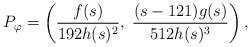
LaTeX: \begin{align*} P_{\varphi} = \left( \frac{f(s)}{192 h(s)^2}, \; \frac{(s-121)g(s)}{512 h(s)^3} \right),\end{align*}